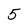
Character: 5